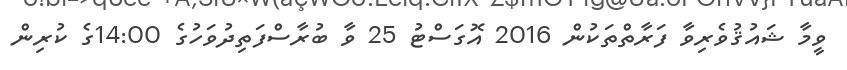
ވީމާ ޝައުޤުވެރިވާ ފަރާތްތަކުން 2016 އޮގަސްޓު 25 ވާ ބުރާސްފަތިދުވަހުގެ 14:00ގެ ކުރިން